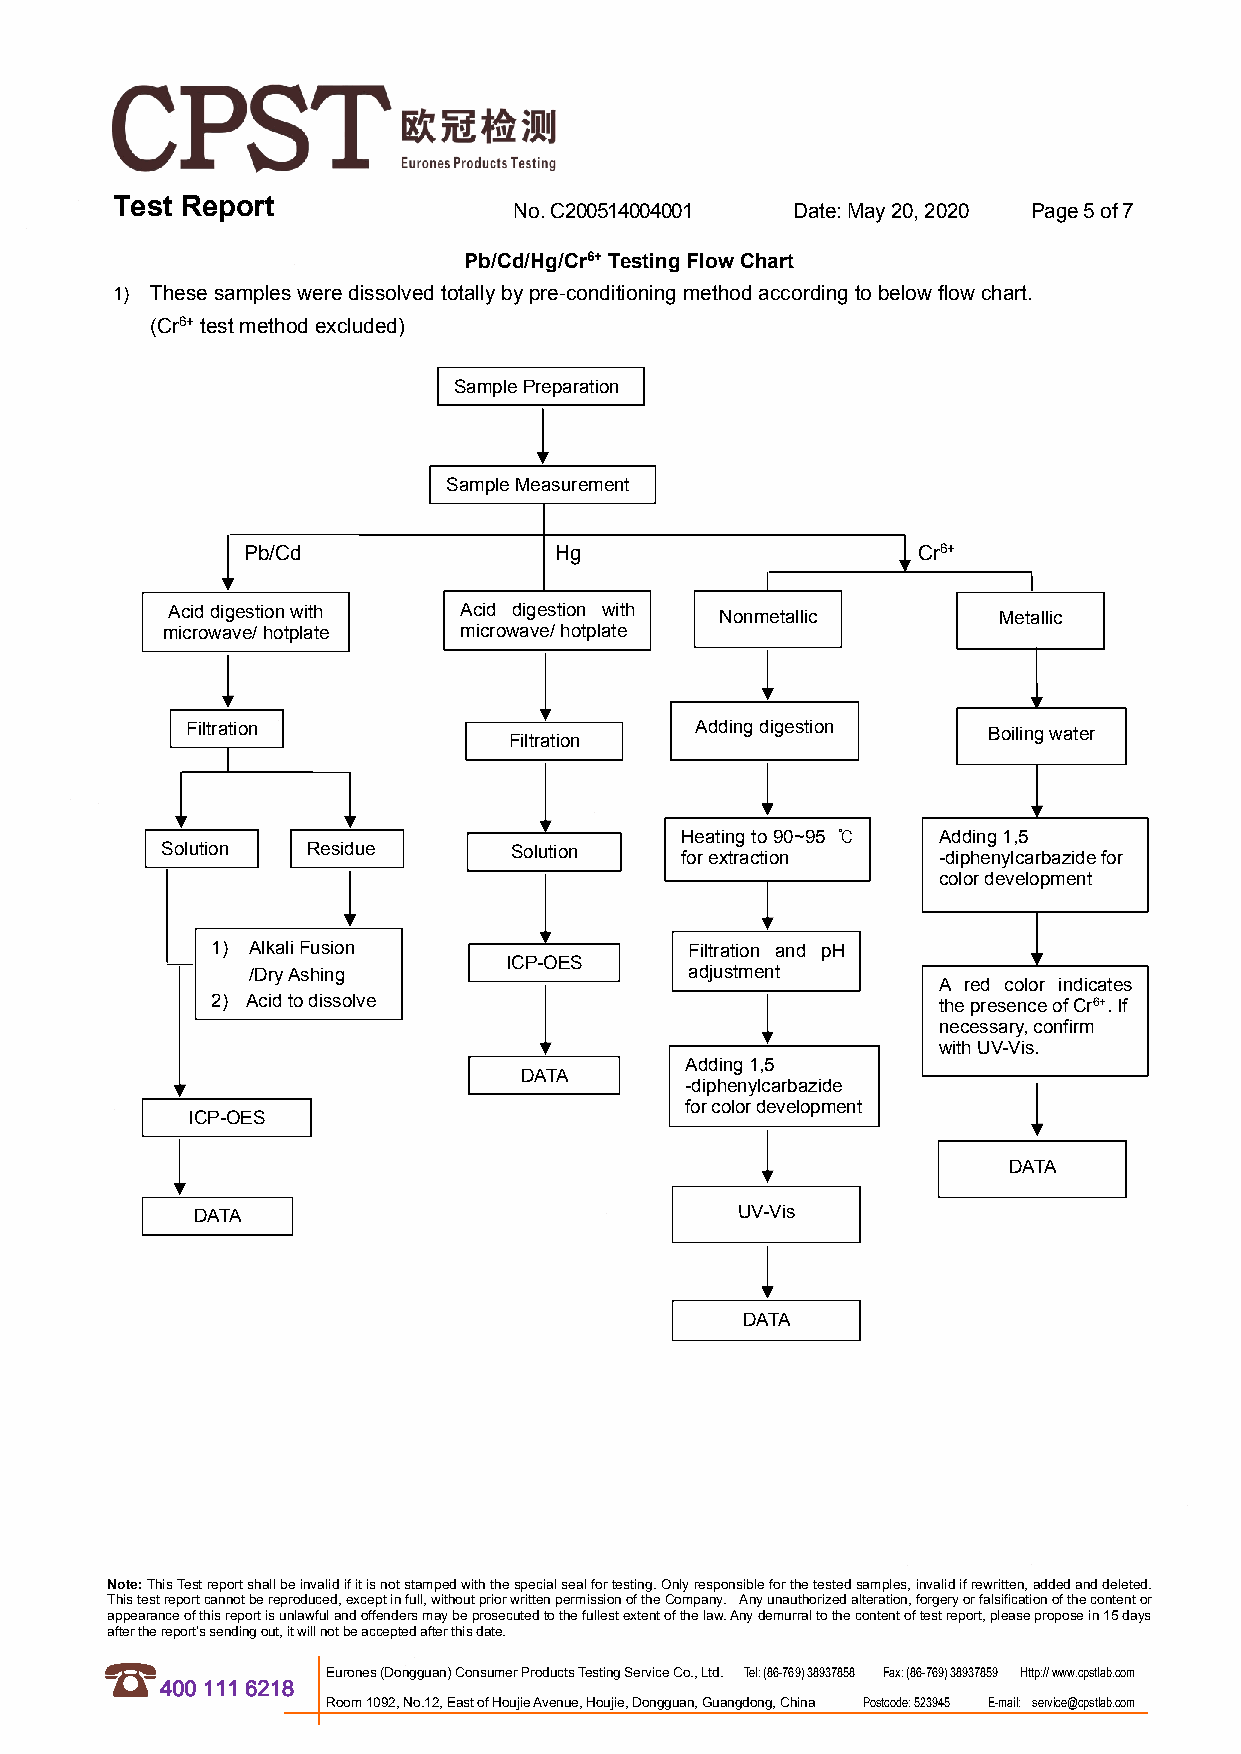
Test Report                No.C200514004001  Date:May20,2020 Page5of7
 Pb/Cd/Hg/Cr6+TestingFlowChart
 1) Thesesamplesweredissolvedtotallybypre-conditioningmethodaccordingtobelowflowchart.
 (Cr6+testmethodexcluded)
 SamplePreparation
 SampleMeasurement
 Pb/Cd                Hg                      Cr6+
 Aciddigestionwith  Acid digestion with Nonmetallic     Metallic
 microwave/hotplate microwave/hotplate
 material         material
 Filtration                        Addingdigestion    Boilingwater
 Filtration
 reagent           extraction
 Heatingto90~95 ℃ Adding1,5
 Solution Residue       Solution   forextraction    -diphenylcarbazidefor
 colordevelopment
 1) AlkaliFusion                 Filtration and pH
 ICP-OES
 /DryAshing                    adjustment
 A red color indicates
 2) Acidtodissolve                               thepresenceofCr6+.If
 necessary,confirm
 withUV-Vis.
 Adding1,5
 DATA
 -diphenylcarbazide
 forcolordevelopment
 ICP-OES
 DATA
 DATA                                UV-Vis
 DATA
 Note:ThisTestreportshallbeinvalidifitisnotstampedwiththespecialsealfortesting.Onlyresponsibleforthetestedsamples,invalidifrewritten,addedanddeleted.
 Thistestreportcannotbereproduced,exceptinfull,withoutpriorwrittenpermissionoftheCompany. Anyunauthorizedalteration,forgeryorfalsificationofthecontentor
 appearanceofthisreportisunlawfulandoffendersmaybeprosecutedtothefullestextentofthelaw.Anydemurraltothecontentoftestreport,pleaseproposein15days
 afterthereport’ssendingout,itwillnotbeacceptedafterthisdate.
 Eurones(Dongguan)ConsumerProductsTestingServiceCo.,Ltd. Tel:(86-769)38937858 Fax:(86-769)38937859 Http://www.cpstlab.com
 4001116218
 Room1092,No.12,EastofHoujieAvenue,Houjie,Dongguan,Guangdong,China Postcode:523945 E-mail: service@cpstlab.com